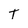
Character: T